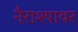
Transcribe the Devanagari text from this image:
नैराश्यावर